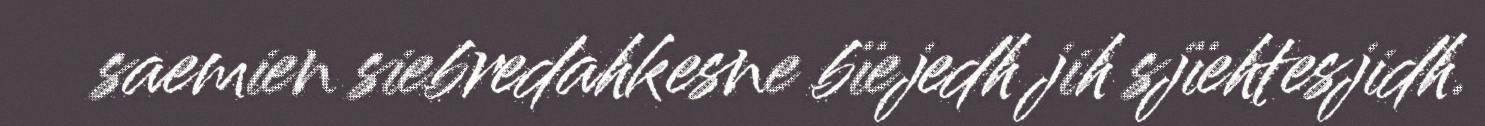
saemien siebredahkesne bïejedh jih sjïehtesjidh.